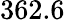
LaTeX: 362.6